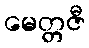
မေတ္တဇီ